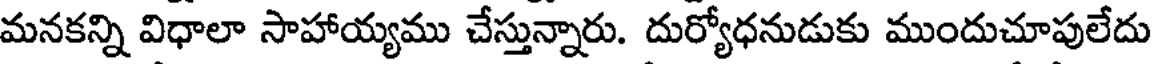
మనకన్ని విధాలా సాహాయ్యము చేస్తున్నారు. దుర్యోధనుడుకు ముందుచూపులేదు